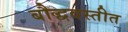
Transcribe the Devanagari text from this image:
बौद्धवस्तीत